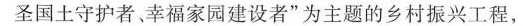
圣国土守护者幸福家园建设者”为主题的乡村振兴工程，